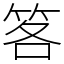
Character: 笿